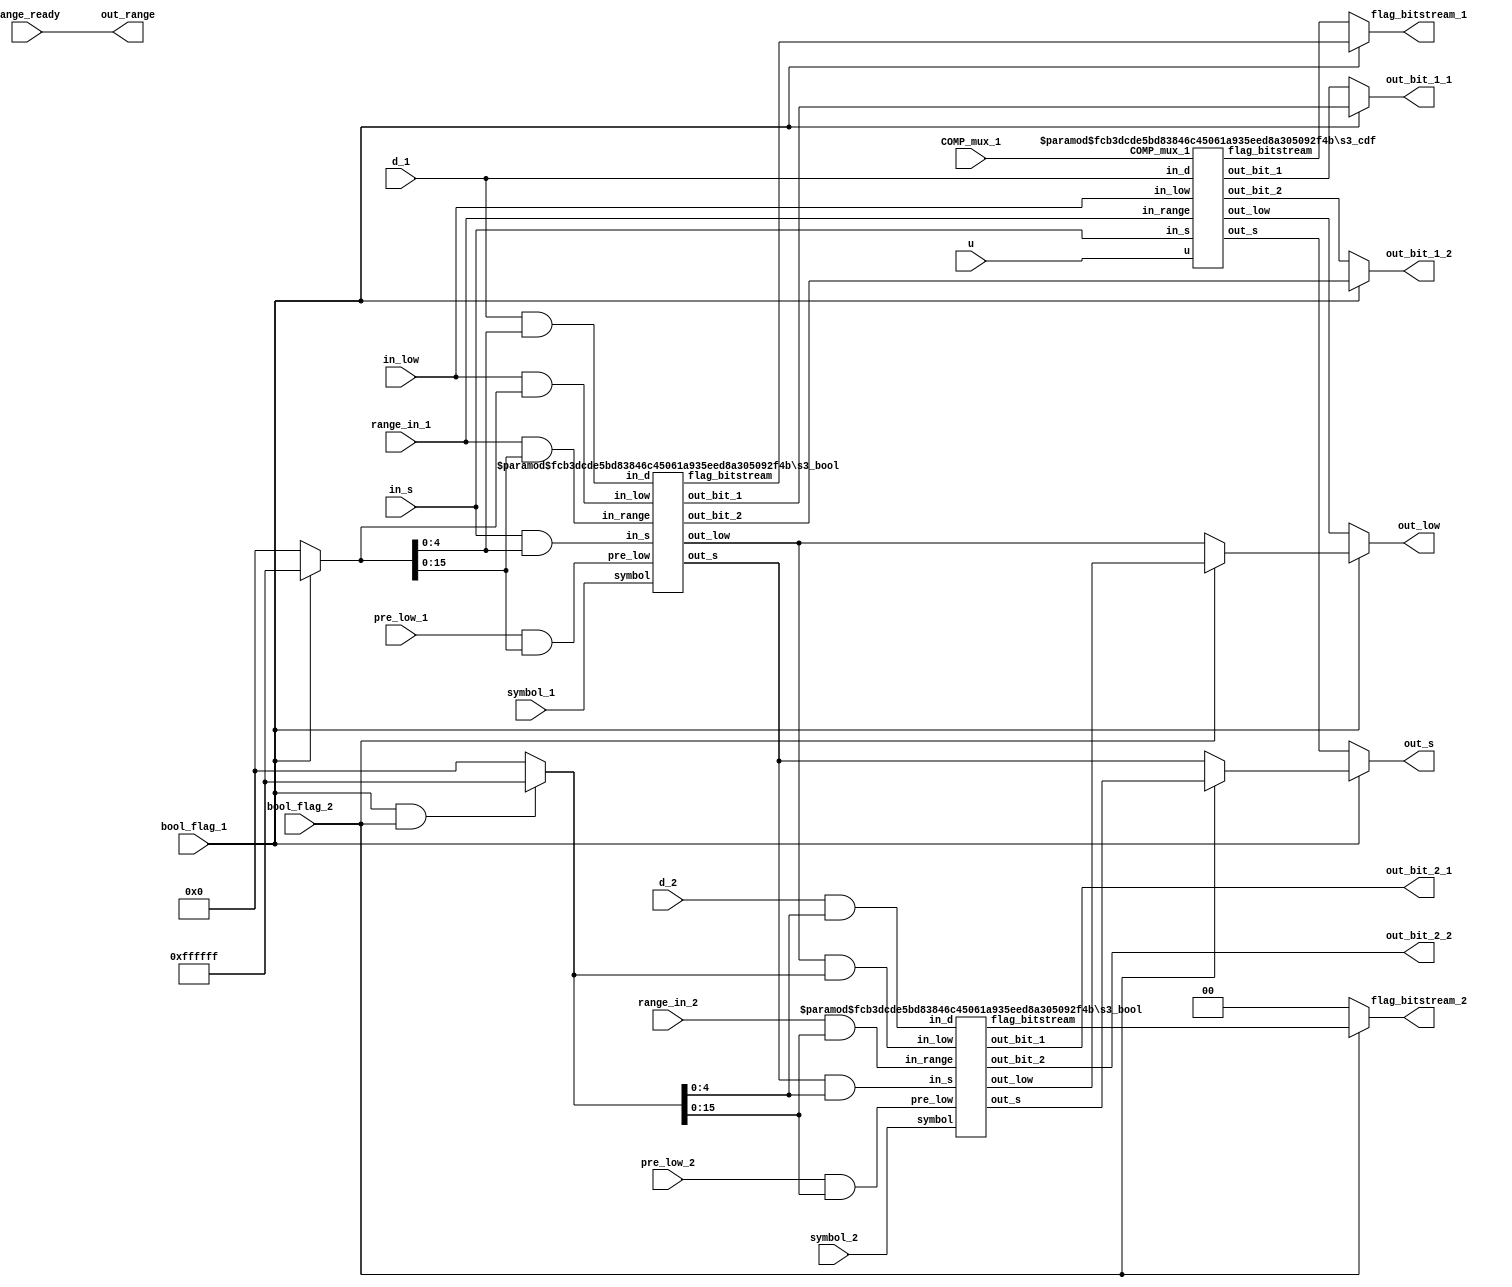
// To check later
// 1- Make the bitstream generation (out_bit_1/2) to be 9-bit arrays

module stage_3 #(
  parameter RANGE_WIDTH = 16,
  parameter LOW_WIDTH = 24,
  parameter D_SIZE = 5
  ) (
    input bool_flag_1, bool_flag_2, symbol_1, symbol_2, COMP_mux_1,
    input [RANGE_WIDTH:0] u,
    input [(LOW_WIDTH-1):0] in_low,
    input [(D_SIZE-1):0] in_s, d_1, d_2,
    input [(RANGE_WIDTH-1):0] pre_low_1, pre_low_2,
    input [(RANGE_WIDTH-1):0] range_in_1, range_in_2, range_ready,
    output wire [(LOW_WIDTH-1):0] out_low,
    output wire [(RANGE_WIDTH-1):0] out_range,
    output wire [(RANGE_WIDTH-1):0] out_bit_1_1, out_bit_1_2,
    output wire [(RANGE_WIDTH-1):0] out_bit_2_1, out_bit_2_2,
    output wire [1:0] flag_bitstream_1, flag_bitstream_2,
    output wire [(D_SIZE-1):0] out_s
  );
  wire [(LOW_WIDTH-1):0] low_bool_1, low_bool_2, low_cdf;
  wire [(RANGE_WIDTH-1):0] out_bit_1_cdf, out_bit_2_cdf;
  wire [(RANGE_WIDTH-1):0] bool_out_bit_1_1, bool_out_bit_1_2;
  wire [1:0] flag_cdf_1, flag_bit_bool_1, flag_bit_bool_2;
  wire [(D_SIZE-1):0] s_cdf, s_bool_1, s_bool_2;

  // Operand Isolation
  wire [(LOW_WIDTH-1):0] op_bool_1, op_bool_2;
  assign op_bool_1 =  (bool_flag_1) ? 24'd16777215 :
                      24'd0;
  assign op_bool_2 =  (bool_flag_1 && bool_flag_2) ? 24'd16777215 :
                      24'd0;
  // ---------------------------

  s3_cdf #(
    .D_SIZE (D_SIZE),
    .LOW_WIDTH (LOW_WIDTH),
    .RANGE_WIDTH (RANGE_WIDTH)
    ) s3_cdf (
      .u (u),
      .in_d (d_1),
      .in_s (in_s),
      .in_low (in_low),
      .in_range (range_in_1),
      .COMP_mux_1 (COMP_mux_1),
      // Outputs
      .out_s (s_cdf),
      .out_low (low_cdf),
      .out_bit_1 (out_bit_1_cdf),
      .out_bit_2 (out_bit_2_cdf),
      .flag_bitstream (flag_cdf_1)
    );

    s3_bool #(
      .D_SIZE (D_SIZE),
      .LOW_WIDTH (LOW_WIDTH),
      .RANGE_WIDTH (RANGE_WIDTH)
      ) s3_bool_1 (
        .in_d (d_1 & op_bool_1[(D_SIZE-1):0]),
        .in_s (in_s & op_bool_1[(D_SIZE-1):0]),
        .in_low (in_low & op_bool_1),
        .symbol (symbol_1),
        .pre_low (pre_low_1 & op_bool_1[(RANGE_WIDTH-1):0]),
        .in_range (range_in_1 & op_bool_1[(RANGE_WIDTH-1):0]),
        // Outputs
        .out_s (s_bool_1),
        .out_low (low_bool_1),
        .out_bit_1 (bool_out_bit_1_1),
        .out_bit_2 (bool_out_bit_1_2),
        .flag_bitstream (flag_bit_bool_1)
    );
    s3_bool #(
      .D_SIZE (D_SIZE),
      .LOW_WIDTH (LOW_WIDTH),
      .RANGE_WIDTH (RANGE_WIDTH)
      ) s3_bool_2 (
        .in_d (d_2 & op_bool_2[(D_SIZE-1):0]),
        .in_s (s_bool_1 & op_bool_2[(D_SIZE-1):0]),
        .in_low (low_bool_1 & op_bool_2),
        .symbol (symbol_2),
        .pre_low (pre_low_2 & op_bool_2[(RANGE_WIDTH-1):0]),
        .in_range (range_in_2 & op_bool_2[(RANGE_WIDTH-1):0]),
        // Outputs
        .out_s (s_bool_2),
        .out_low (low_bool_2),
        .out_bit_1 (out_bit_2_1),
        .out_bit_2 (out_bit_2_2),
        .flag_bitstream (flag_bit_bool_2) // If bool_flag_2 == 0, then flag = 0
    );

  // ------------------------------------------------------
  assign out_low =  (bool_flag_1) ? ((bool_flag_2) ? low_bool_2 :
                                    low_bool_1) :
                    low_cdf;
  assign out_s =  (bool_flag_1) ? ((bool_flag_2) ? s_bool_2 :
                                  s_bool_1) :
                  s_cdf;
  assign out_bit_1_1 =  (bool_flag_1) ? bool_out_bit_1_1 :
                        out_bit_1_cdf;
  assign out_bit_1_2 =  (bool_flag_1) ? bool_out_bit_1_2 :
                        out_bit_2_cdf;
  assign flag_bitstream_1 = (bool_flag_1) ? flag_bit_bool_1 :
                            flag_cdf_1;
  assign flag_bitstream_2 = (bool_flag_2) ? flag_bit_bool_2 :
                            2'd0;
  // ------------------------------------------------------
  // Assigned Outputs
  assign out_range = range_ready;
endmodule

module s3_cdf #(
  parameter D_SIZE = 5,
  parameter LOW_WIDTH = 24,
  parameter RANGE_WIDTH = 16
  )(
    input COMP_mux_1,
    input [RANGE_WIDTH:0] u,
    input [(LOW_WIDTH-1):0] in_low,
    input [(D_SIZE-1):0] in_d, in_s,
    input [(RANGE_WIDTH-1):0] in_range,
    // Outputs
    output wire [1:0] flag_bitstream,
    output wire [(D_SIZE-1):0] out_s,
    output wire [(LOW_WIDTH-1):0] out_low,
    output wire [(RANGE_WIDTH-1):0] out_bit_1, out_bit_2
  );
  wire [(LOW_WIDTH-1):0] low_1, low_raw;
  assign low_1 = in_low + (in_range - u[(RANGE_WIDTH-1):0]);

  assign low_raw =  (COMP_mux_1 == 1'b1) ? low_1 :
                    in_low;
  s3_renormalization # (
    .D_SIZE (D_SIZE),
    .LOW_WIDTH (LOW_WIDTH),
    .RANGE_WIDTH (RANGE_WIDTH)
    ) s3_cdf_norm (
      .d (in_d),
      .in_s (in_s),
      .low_raw (low_raw),
      // Outputs
      .out_s (out_s),
      .out_low (out_low),
      .out_bit_1 (out_bit_1),
      .out_bit_2 (out_bit_2),
      .flag_bitstream (flag_bitstream)
    );
endmodule

module s3_bool #(
  parameter D_SIZE = 5,
  parameter LOW_WIDTH = 24,
  parameter RANGE_WIDTH = 16
  )(
    input symbol,
    input [(LOW_WIDTH-1):0] in_low,
    input [(D_SIZE-1):0] in_d, in_s,
    input [(RANGE_WIDTH-1):0] in_range, pre_low,
    // Outputs
    output wire [1:0] flag_bitstream,
    output wire [(D_SIZE-1):0] out_s,
    output wire [(LOW_WIDTH-1):0] out_low,
    output wire [(RANGE_WIDTH-1):0] out_bit_1, out_bit_2
  );
  wire [(LOW_WIDTH-1):0] low_1, low_raw;
  /* Pre_low is a variable calculated within the Boolean block in Stage 2.
    Its creation was specifically done to reduce the stress generated by the
  parallelized Boolean blocks in Stage 3.
    Pre_low = in_range - v_bool
  */
  assign low_1 = in_low + pre_low;

  assign low_raw =  (symbol == 1'b1) ? low_1 :
                    in_low;
  s3_renormalization #(
    .D_SIZE (D_SIZE),
    .LOW_WIDTH (LOW_WIDTH),
    .RANGE_WIDTH (RANGE_WIDTH)
    ) s3_bool_norm (
      .d (in_d),
      .in_s (in_s),
      .low_raw (low_raw),
      // Outputs
      .out_s (out_s),
      .out_low (out_low),
      .out_bit_1 (out_bit_1),
      .out_bit_2 (out_bit_2),
      .flag_bitstream (flag_bitstream)
    );
endmodule

module s3_renormalization #(
  parameter LOW_WIDTH = 24,
  parameter RANGE_WIDTH = 16,
  parameter D_SIZE = 5
  )(
    input [(LOW_WIDTH-1):0] low_raw,
    input [(D_SIZE-1):0] d, in_s,
    // Outputs
    output wire [1:0] flag_bitstream,
    output wire [(D_SIZE-1):0] out_s,
    output wire [(LOW_WIDTH-1):0] out_low,
    output wire [(RANGE_WIDTH-1):0] out_bit_1, out_bit_2
  );
  wire [(LOW_WIDTH-1):0] low_s0, low_s8, m_s8, m_s0;
  wire [(D_SIZE-1):0] c_norm_s0, c_norm_s8, s_s0, s_s8;
  wire [(D_SIZE-1):0] s_comp;
  wire [(D_SIZE-1):0] c_bit_s0, c_bit_s8;

  assign s_comp = in_s + d;
  // ----------------------
  assign c_norm_s0 = in_s + 5'd7;
  assign m_s0 = (24'd1 << c_norm_s0) - 24'd1;

  // s_s0 adapted from: s0 = (in_s + 16) + d - 24
  assign s_s0 = in_s + d - 5'd8;
  assign low_s0 = low_raw & m_s0;
  // -----------------------
  assign c_norm_s8 = in_s - 5'd1;
  // m_s8 adapted from: m_s8 = m_s0 >> 8
  assign m_s8 = (24'd1 << c_norm_s8) - 24'd1;

  // s_s8 adapted from: s8 = (in_s + 8) + d - 24
  assign s_s8 = in_s + d - 5'd16;
  assign low_s8 = low_raw & m_s8;

  // pre-bitstream generation
  assign c_bit_s0 = in_s + 5'd7;
  assign c_bit_s8 = in_s - 5'd1;
  // =========================================================================
  // Outputs

  assign out_low =  ((s_comp >= 9) && (s_comp < 17)) ? low_s0 << d :
                    (s_comp >= 17) ? low_s8 << d :
                    low_raw << d;

  assign out_s =  ((s_comp >= 9) && (s_comp < 17)) ? s_s0 :
                  (s_comp >= 17) ? s_s8 :
                  s_comp;
  /*
    out_bit_1 and out_bit_2 are the pre-bitstreams generated by Stage 3.
    They are send to Stage 4 (carry propagation) for a reduction from a 9-bit to
  an 8-bit array.
  */
  assign out_bit_1 =  (s_comp >= 9) ? low_raw >> c_bit_s0 :
                      16'd0;
  assign out_bit_2 =  (s_comp >= 17) ? low_s0 >> c_bit_s8 :
                      16'd0;
  /*
  flag_bitstream represents how many pre-bitstreams are being in a given round
      01 (1): generating only out_bit_1
      10 (2): generating out_bit_1 and out_bit_2
  */

  assign flag_bitstream = ((s_comp >= 9) && (s_comp < 17)) ? 2'd1 :
                          (s_comp >= 17) ? 2'd2 :
                          2'd0;
endmodule